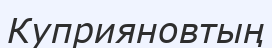
Куприяновтың